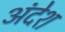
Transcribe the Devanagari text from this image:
अंदेश